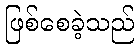
ဖြစ်စေခဲ့သည်